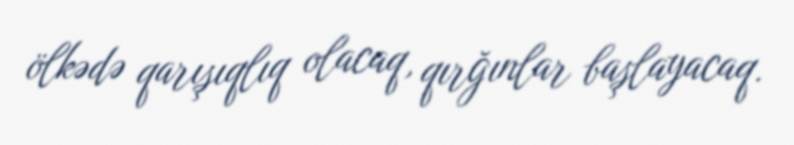
ölkədə qarışıqlıq olacaq, qırğınlar başlayacaq.